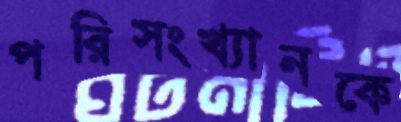
পরিসংখ্যানকে